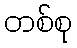
တစ်စု